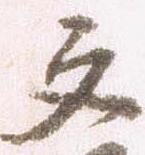
文